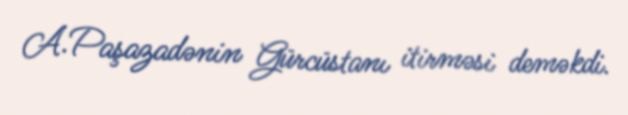
A.Paşazadənin Gürcüstanı itirməsi deməkdi.